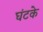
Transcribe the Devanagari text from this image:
घंटके